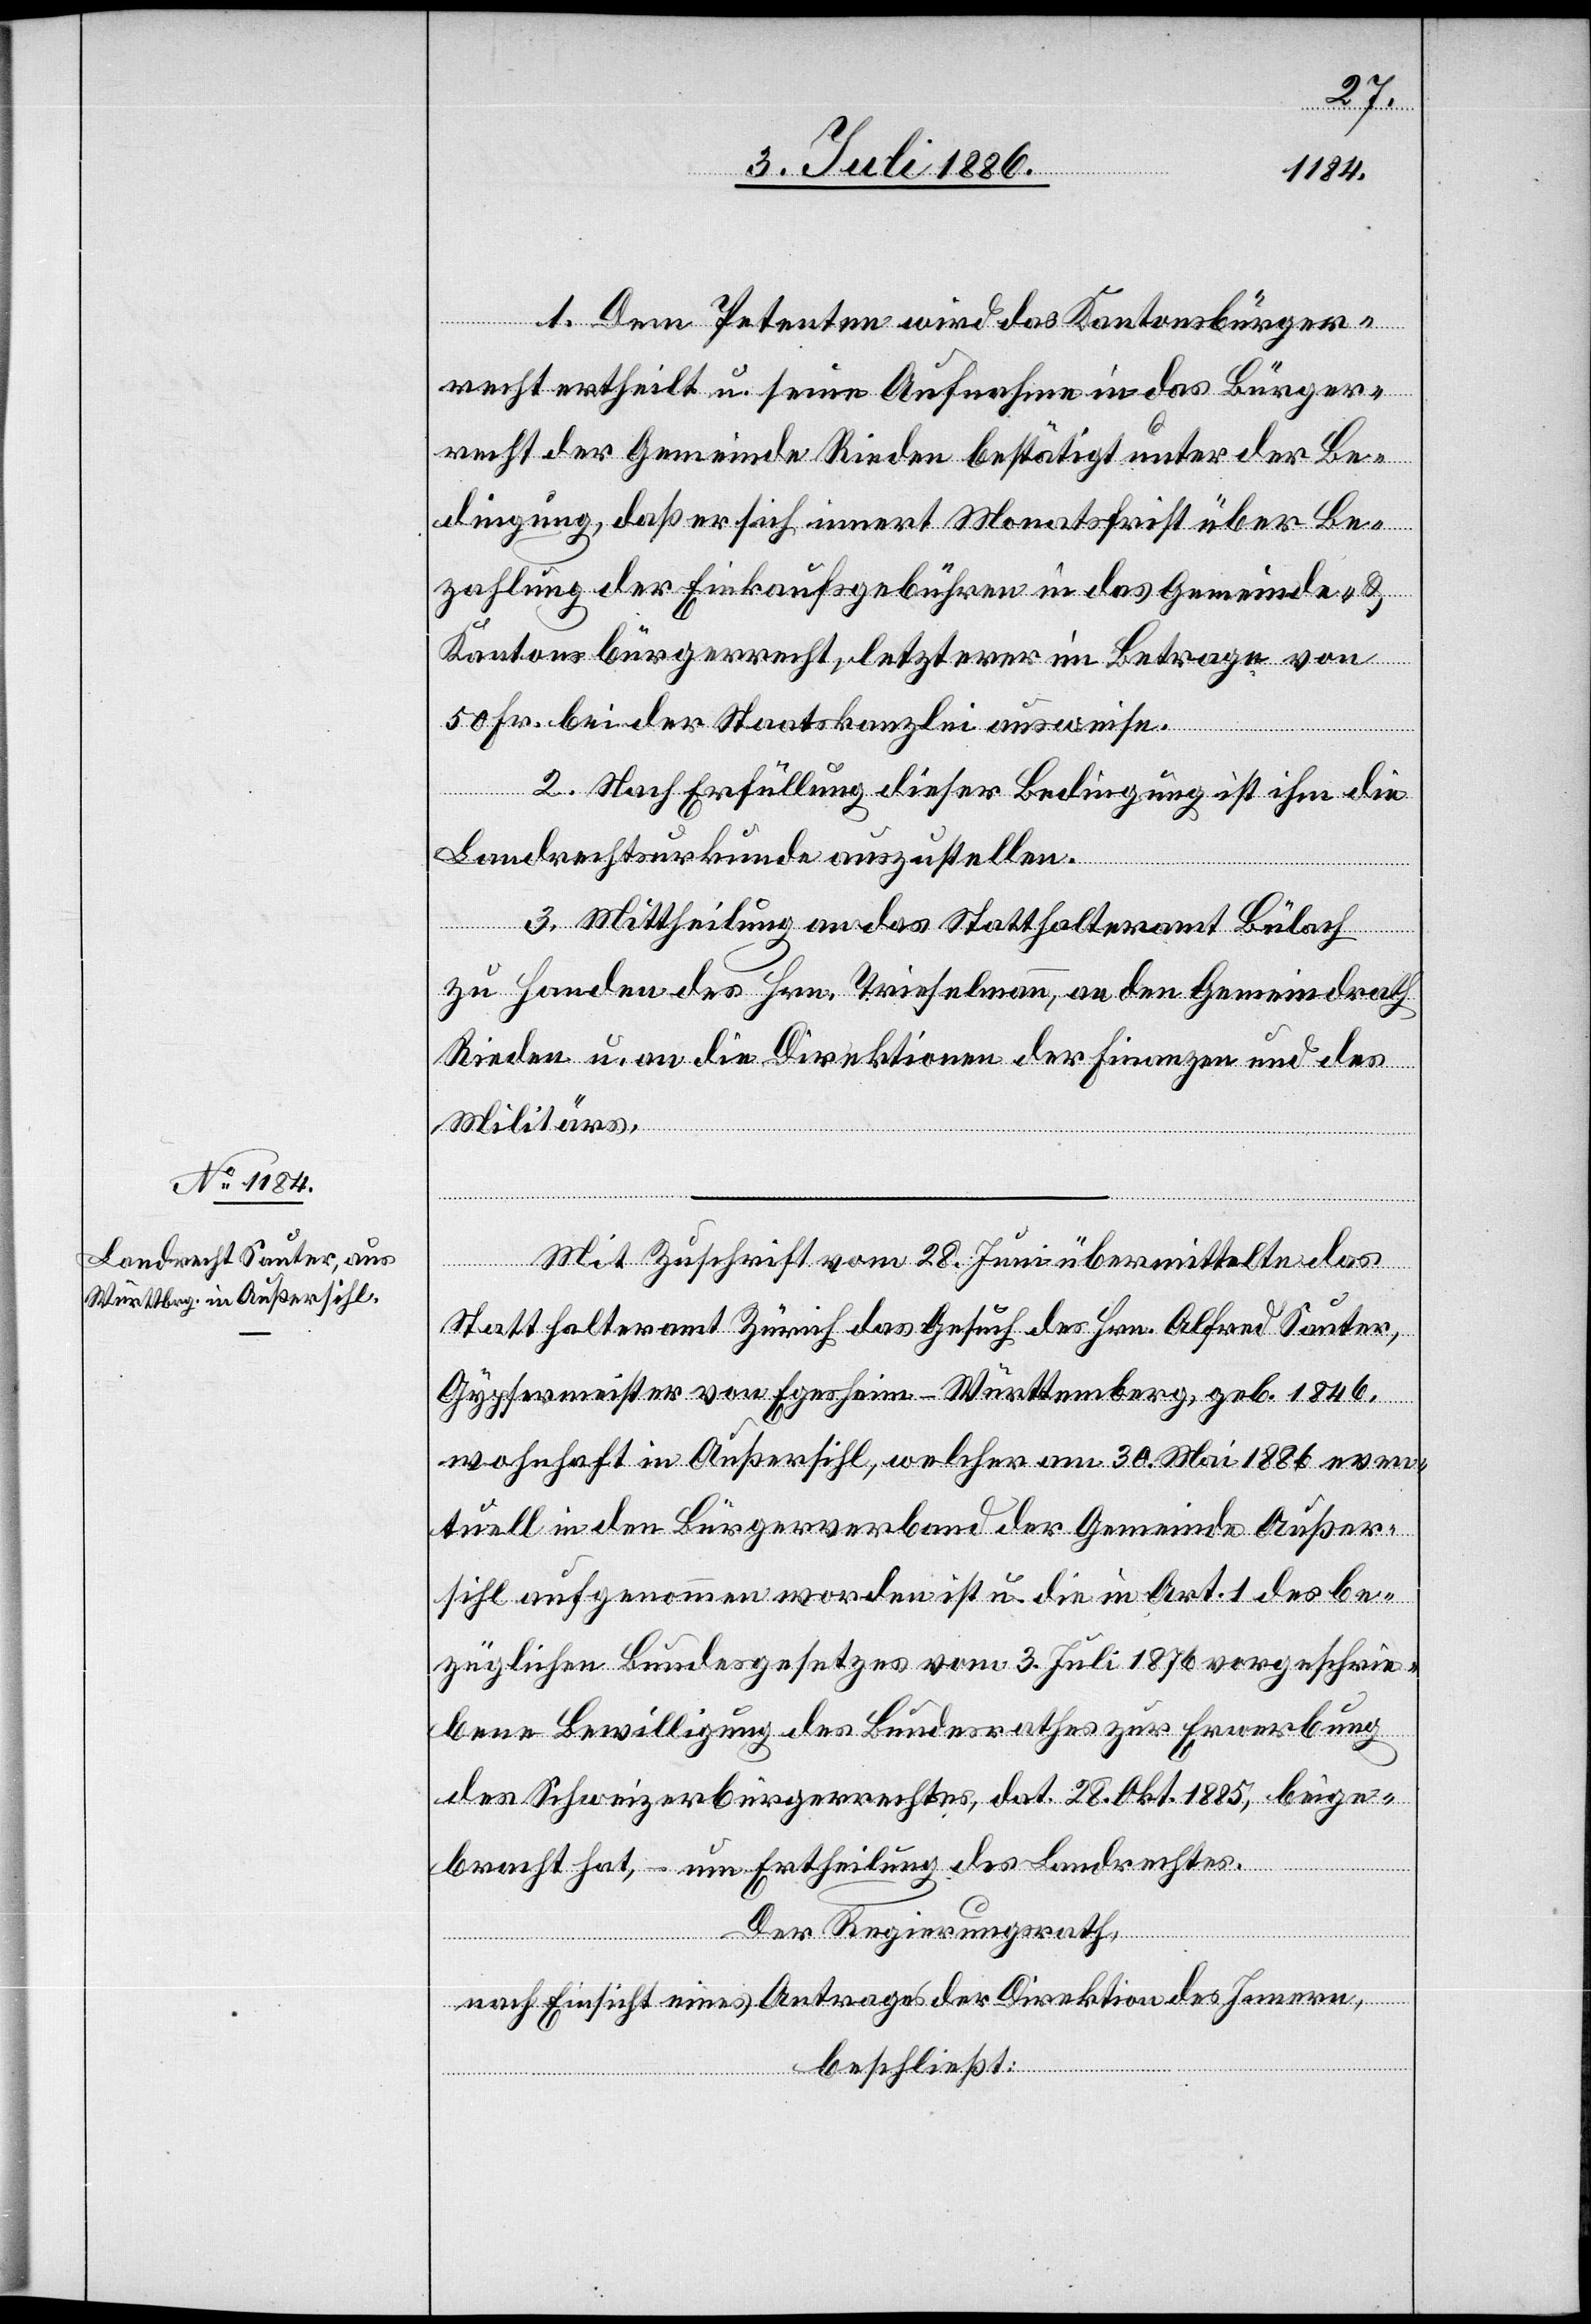
ichen
schrie¬
3. Juli 1876
1. Dem Petenten wird das Kantonsbürger¬
recht ertheilt u. seine Aufnahme in das Bürger¬
recht der Gemeinde Rieden bestätigt unter der Be¬
dingung, daß er sich innert Monatsfrist über Be¬
zahlung der Einkaufsgebühren in das Gemeinde- &
Kantonsbürgerrecht, letzterer im Betrage von
50 Fr. bei der Staatskanzlei ausweise.
2. Nach Erfüllung dieser Bedingung ist ihm die
Landrechtsurkunde auszustellen.
3. Mittheilung an das Statthalteramt Bülach
zu Handen des Hrn. Trieselmann, an den Gemeindrath
Rieden u. an die Direktionen der Finanzen und des
Militärs.
Mit Zuschrift vom 28. Juni übermittelte das
Statthalteramt Zürich das Gesuch des Hrn. Alfred Sauter,
Gypsermeister von Egesheim - Württemberg, geb. 1846,
wohnhaft in Außersihl, welcher am 30. Mai 1886 even¬
tuell in den Bürgerverband der Gemeinde Außer¬
sihl aufgenommen worden ist u. die in Art. 1 des be¬
bene Bewilligung des Bundesrathes zur Erwerbung
des Schweizerbürgerrechtes, dat. 28. Okt. 1885, beige¬
bracht hat, – um Ertheilung des Landrechtes.
Der Regierungsrath,
nach Einsicht eines Antrages der Direktion des Innern,
beschließt: